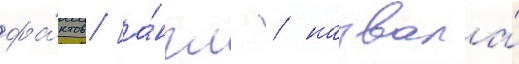
фа́ктов [а́нгл. / назвала́